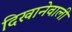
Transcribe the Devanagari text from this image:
दिखानेवाली